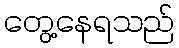
တွေ့နေရသည်